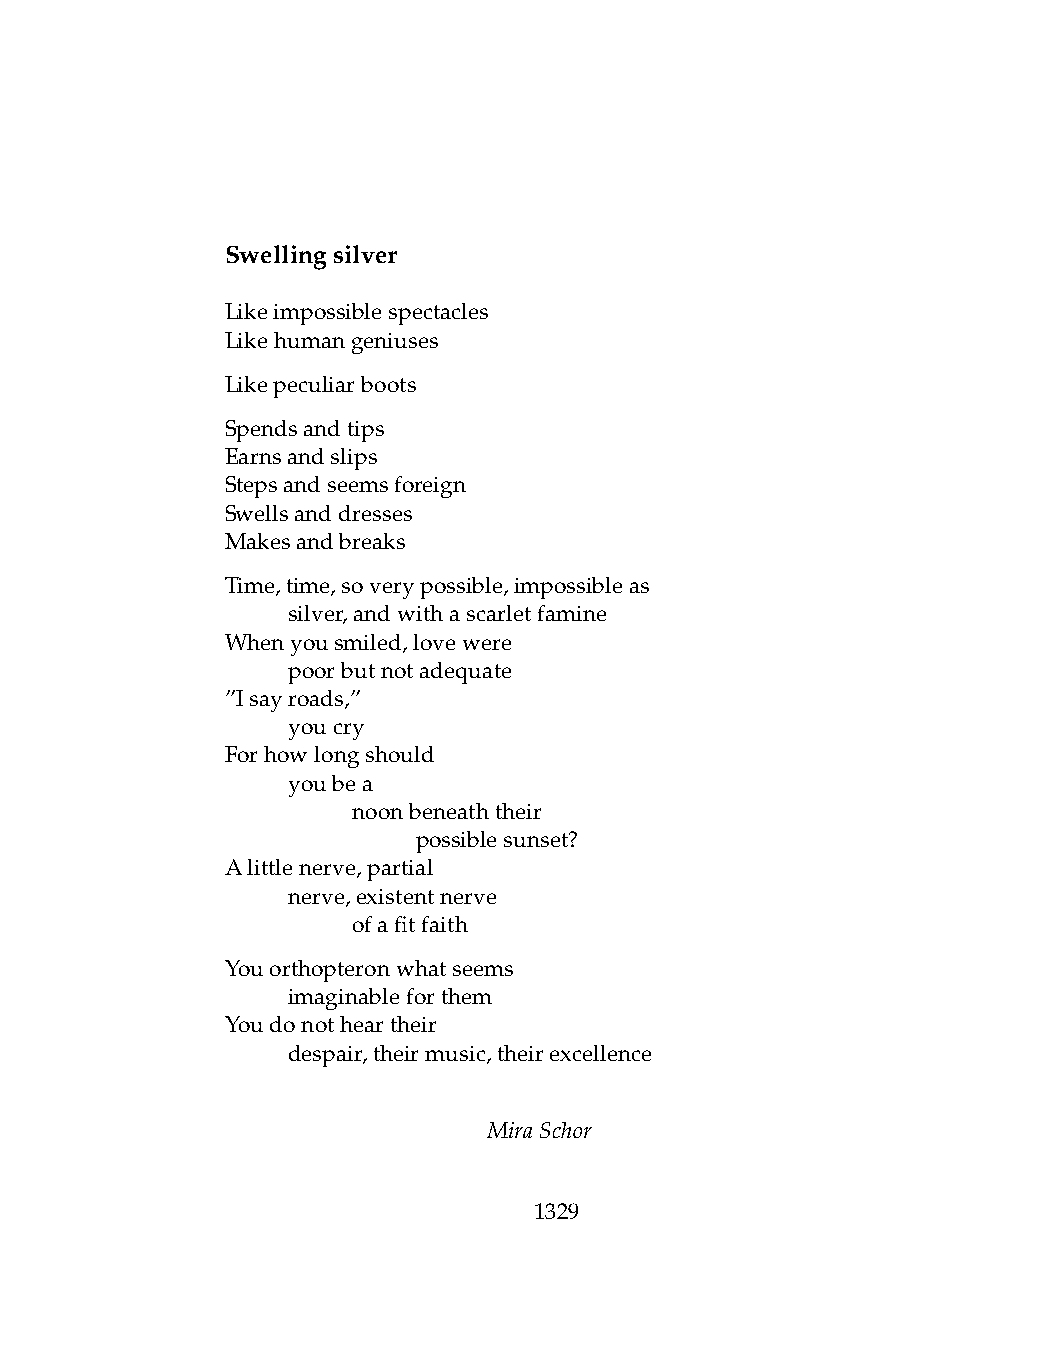
Swellingsilver
 Likeimpossiblespectacles
 Likehumangeniuses
 Likepeculiarboots
 Spendsandtips
 Earnsandslips
 Stepsandseemsforeign
 Swellsanddresses
 Makesandbreaks
 Time,time,soverypossible,impossibleas
 .   silver,andwithascarletfamine
 Whenyousmiled,lovewere
 .   poorbutnotadequate
 ”Isayroads,”
 .   youcry
 Forhowlongshould
 .   youbea
 .   .   noonbeneaththeir
 .   .   .    possiblesunset?
 Alittlenerve,partial
 .   nerve,existentnerve
 .   .   ofafitfaith
 Youorthopteronwhatseems
 .   imaginableforthem
 Youdonotheartheir
 .   despair,theirmusic,theirexcellence
 MiraSchor
 1329